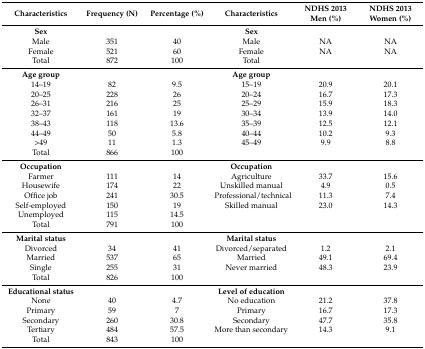
<table><thead><tr><td><b>Characteristics</b></td><td><b>Frequency (N)</b></td><td><b>Percentage (%)</b></td><td><b>Characteristics</b></td><td><b>NDHS 2013 Men (%)</b></td><td><b>NDHS 2013 Women (%)</b></td></tr></thead><tbody><tr><td><b>Sex</b></td><td></td><td></td><td><b>Sex</b></td><td></td><td></td></tr><tr><td>Male</td><td>351</td><td>40</td><td>Male</td><td>NA</td><td>NA</td></tr><tr><td>Female</td><td>521</td><td>60</td><td>Female</td><td>NA</td><td>NA</td></tr><tr><td>Total</td><td>872</td><td>100</td><td>Total</td><td></td><td></td></tr><tr><td><b>Age group</b></td><td></td><td></td><td><b>Age group</b></td><td></td><td></td></tr><tr><td>14–19</td><td>82</td><td>9.5</td><td>15–19</td><td>20.9</td><td>20.1</td></tr><tr><td>20–25</td><td>228</td><td>26</td><td>20–24</td><td>16.7</td><td>17.3</td></tr><tr><td>26–31</td><td>216</td><td>25</td><td>25–29</td><td>15.9</td><td>18.3</td></tr><tr><td>32–37</td><td>161</td><td>19</td><td>30–34</td><td>13.9</td><td>14.0</td></tr><tr><td>38–43</td><td>118</td><td>13.6</td><td>35–39</td><td>12.5</td><td>12.1</td></tr><tr><td>44–49</td><td>50</td><td>5.8</td><td>40–44</td><td>10.2</td><td>9.3</td></tr><tr><td>&gt;49</td><td>11</td><td>1.3</td><td>45–49</td><td>9.9</td><td>8.8</td></tr><tr><td>Total</td><td>866</td><td>100</td><td></td><td></td><td></td></tr><tr><td><b>Occupation</b></td><td></td><td></td><td><b>Occupation</b></td><td></td><td></td></tr><tr><td>Farmer</td><td>111</td><td>14</td><td>Agriculture</td><td>33.7</td><td>15.6</td></tr><tr><td>Housewife</td><td>174</td><td>22</td><td>Unskilled manual</td><td>4.9</td><td>0.5</td></tr><tr><td>Office job</td><td>241</td><td>30.5</td><td>Professional/technical</td><td>11.3</td><td>7.4</td></tr><tr><td>Self-employed</td><td>150</td><td>19</td><td>Skilled manual</td><td>23.0</td><td>14.3</td></tr><tr><td>Unemployed</td><td>115</td><td>14.5</td><td></td><td></td><td></td></tr><tr><td>Total</td><td>791</td><td>100</td><td></td><td></td><td></td></tr><tr><td><b>Marital status</b></td><td></td><td></td><td><b>Marital status</b></td><td></td><td></td></tr><tr><td>Divorced</td><td>34</td><td>41</td><td>Divorced/separated</td><td>1.2</td><td>2.1</td></tr><tr><td>Married</td><td>537</td><td>65</td><td>Married</td><td>49.1</td><td>69.4</td></tr><tr><td>Single</td><td>255</td><td>31</td><td>Never married</td><td>48.3</td><td>23.9</td></tr><tr><td>Total</td><td>826</td><td>100</td><td></td><td></td><td></td></tr><tr><td><b>Educational status</b></td><td></td><td></td><td><b>Level of education</b></td><td></td><td></td></tr><tr><td>None</td><td>40</td><td>4.7</td><td>No education</td><td>21.2</td><td>37.8</td></tr><tr><td>Primary</td><td>59</td><td>7</td><td>Primary</td><td>16.7</td><td>17.3</td></tr><tr><td>Secondary</td><td>260</td><td>30.8</td><td>Secondary</td><td>47.7</td><td>35.8</td></tr><tr><td>Tertiary</td><td>484</td><td>57.5</td><td>More than secondary</td><td>14.3</td><td>9.1</td></tr><tr><td>Total</td><td>843</td><td>100</td><td></td><td></td><td></td></tr></tbody></table>